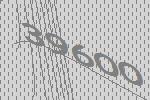
39600